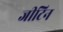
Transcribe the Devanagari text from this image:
जीटिन